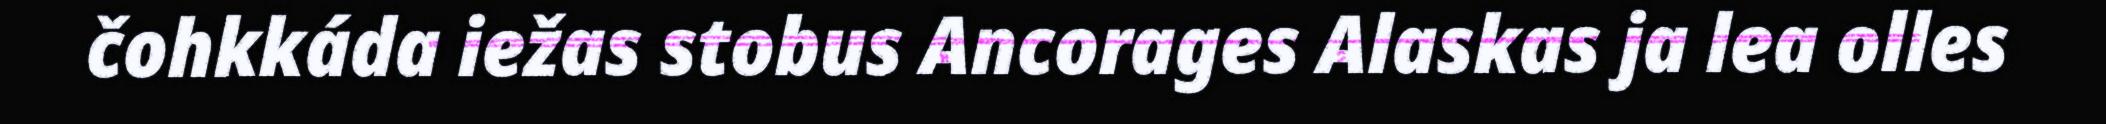
čohkkáda iežas stobus Ancorages Alaskas ja lea olles